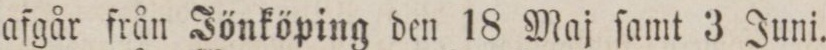
Linna_ea,    afgår från Jönköping den 18 Maj ſamt 3 Juni.